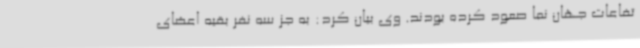
تفاعات جهان نما صعود کرده بودند. وی بیان کرد: به جز سه نفر بقیه اعضای